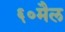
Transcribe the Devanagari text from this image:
६०मैल